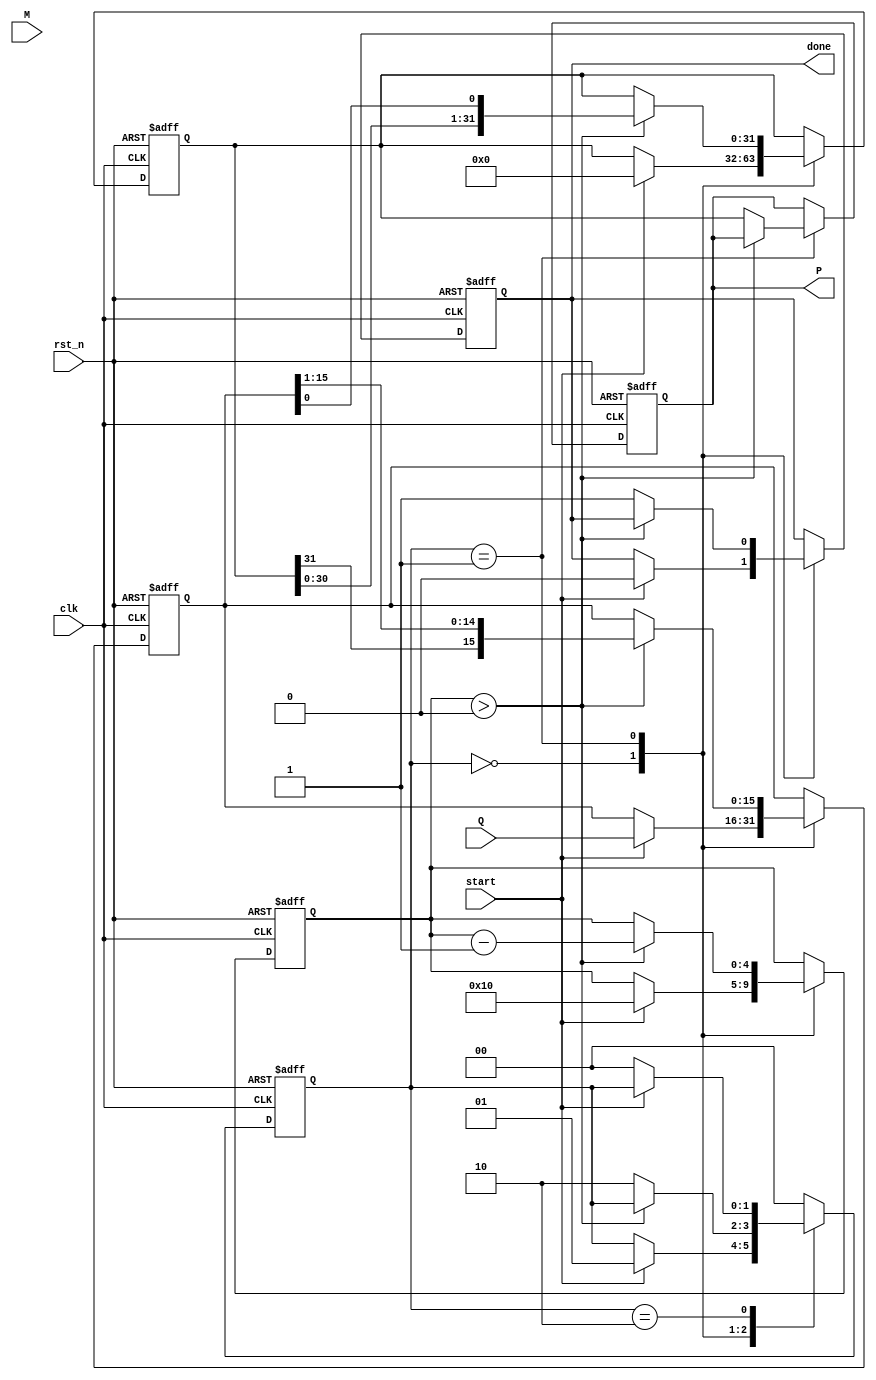
module modified_booth_multiplier (
    input wire clk,                // Clock signal
    input wire rst_n,              // Active low reset
    input wire start,              // Start signal for multiplication
    input wire signed [15:0] M,    // Multiplicand
    input wire signed [15:0] Q,    // Multiplier
    output reg signed [31:0] P,     // Product
    output reg done                // Done signal
);

    reg signed [15:0] M_reg;       // Multiplicand register
    reg signed [15:0] Q_reg;       // Multiplier register
    reg signed [31:0] A;           // Accumulator
    reg [4:0] count;               // Count register
    reg [1:0] state;               // State for FSM

    localparam IDLE = 2'b00;
    localparam PROCESS = 2'b01;
    localparam DONE = 2'b10;

    // Booth encoding and multiplication process
    always @(posedge clk or negedge rst_n) begin
        if (!rst_n) begin
            // Reset all registers and outputs
            M_reg <= 0;
            Q_reg <= 0;
            A <= 0;
            P <= 0;
            count <= 0;
            done <= 0;
            state <= IDLE;
        end else begin
            case (state)
                IDLE: begin
                    if (start) begin
                        // Initialize registers
                        M_reg <= M;
                        Q_reg <= Q;
                        A <= 0;
                        count <= 16; // Assuming 16-bit multiplication
                        done <= 0;
                        state <= PROCESS;
                    end
                end

                PROCESS: begin
                    if (count > 0) begin
                        // Booth encoding logic
                        case ({Q_reg[0], Q_reg[1]}) // Check last two bits of Q
                            2'b00: begin
                                // Do nothing
                            end
                            2'b01: begin
                                // Add M to A
                                A <= A + M_reg;
                            end
                            2'b10: begin
                                // Subtract M from A
                                A <= A - M_reg;
                            end
                            2'b11: begin
                                // Do nothing
                            end
                        endcase

                        // Shift A and Q right
                        A <= {A[30:0], Q_reg[0]}; // Shift A and bring in Q[0]
                        Q_reg <= {A[31], Q_reg[15:1]}; // Shift Q right, sign-extend

                        // Decrement count
                        count <= count - 1;
                    end else begin
                        // Finalize the product
                        P <= A;
                        done <= 1;
                        state <= DONE;
                    end
                end

                DONE: begin
                    // Wait for reset or new start signal
                    if (!start) begin
                        state <= IDLE; // Go back to IDLE state
                    end
                end

                default: state <= IDLE; // Safety default
            endcase
        end
    end
endmodule